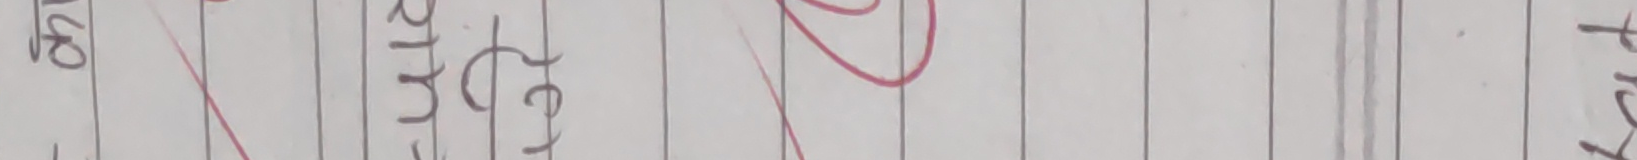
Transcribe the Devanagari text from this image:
होटल